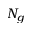
N _ { g }